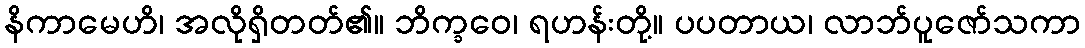
နိကာမေဟိ၊ အလိုရှိတတ်၏။ ဘိက္ခဝေ၊ ရဟန်းတို့။ ပပတာယ၊ လာဘ်ပူဇော်သကာ